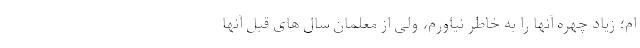
ام؛ زیاد چهره آنها را به خاطر نیاورم، ولی از معلمان سال های قبل آنها